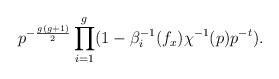
LaTeX: \begin{align*}p^{-\frac{g(g+1)}{2}} \prod_{i=1}^{g}(1-\beta_i^{-1}(f_x)\chi^{-1}(p)p^{-t}).\end{align*}